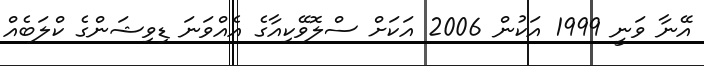
އޭނާ ވަނީ 1999 އަކުން 2006 އަކަށް ސްލޮވޭކިއާގެ އެއްވަނަ ޑިވިޝަންގެ ކްލަބެއް